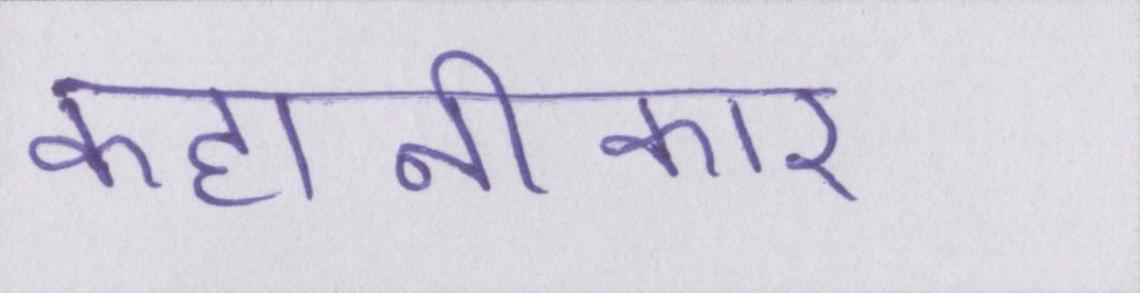
कहानीकार